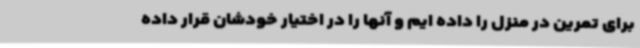
برای تمرین در منزل را داده ایم و آنها را در اختیار خودشان قرار داده